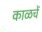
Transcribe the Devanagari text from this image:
काळचें